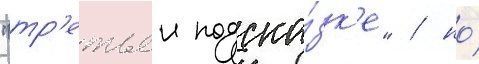
"тр'етьеи подска́зк'е" / но́